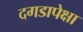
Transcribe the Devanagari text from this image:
दगडापेक्षा